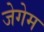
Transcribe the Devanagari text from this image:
जेगेम